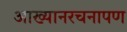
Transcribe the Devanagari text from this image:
आख्यानरचनापण